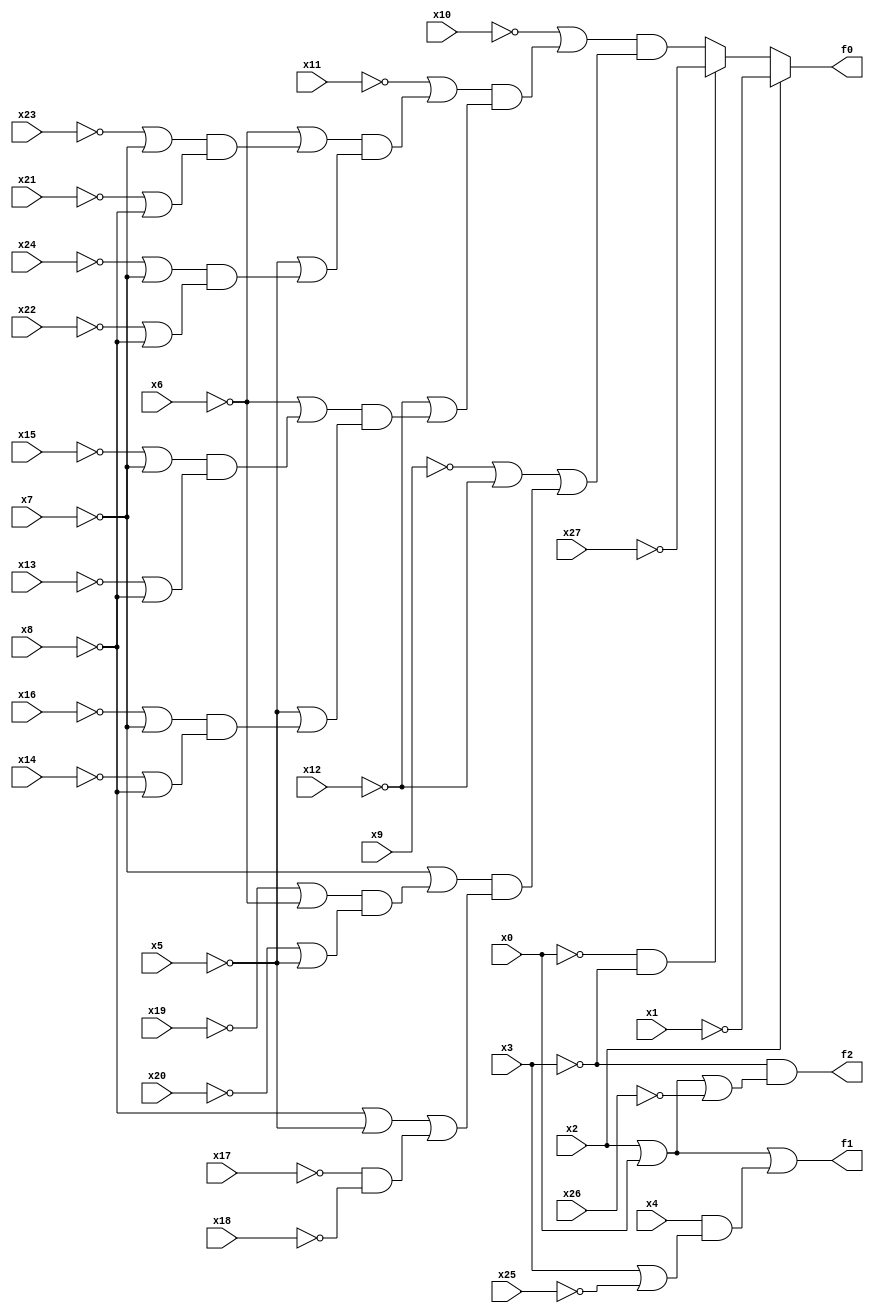
// Benchmark "frg1" written by ABC on Sat Apr 29 10:29:38 2023

module frg1 ( 
    x0, x1, x2, x3, x4, x5, x6, x7, x8, x9, x10, x11, x12, x13, x14, x15,
    x16, x17, x18, x19, x20, x21, x22, x23, x24, x25, x26, x27,
    f0, f1, f2  );
  input  x0, x1, x2, x3, x4, x5, x6, x7, x8, x9, x10, x11, x12, x13, x14,
    x15, x16, x17, x18, x19, x20, x21, x22, x23, x24, x25, x26, x27;
  output f0, f1, f2;
  assign f0 = x2 ? ~x1 : ((~x0 & ~x3) ? ~x27 : ((~x10 | ((~x11 | ((~x6 | ((~x23 | ~x7) & (~x21 | ~x8))) & (~x5 | ((~x24 | ~x7) & (~x22 | ~x8))))) & (~x12 | ((~x6 | ((~x15 | ~x7) & (~x13 | ~x8))) & (~x5 | ((~x16 | ~x7) & (~x14 | ~x8))))))) & (~x9 | ~x12 | ((~x7 | ((~x19 | ~x6) & (~x20 | ~x5))) & (~x8 | ~x5 | (~x17 & ~x18))))));
  assign f1 = x2 | x0 | (x4 & (x3 | ~x25));
  assign f2 = ~x3 & (x2 | x0 | ~x26);
endmodule